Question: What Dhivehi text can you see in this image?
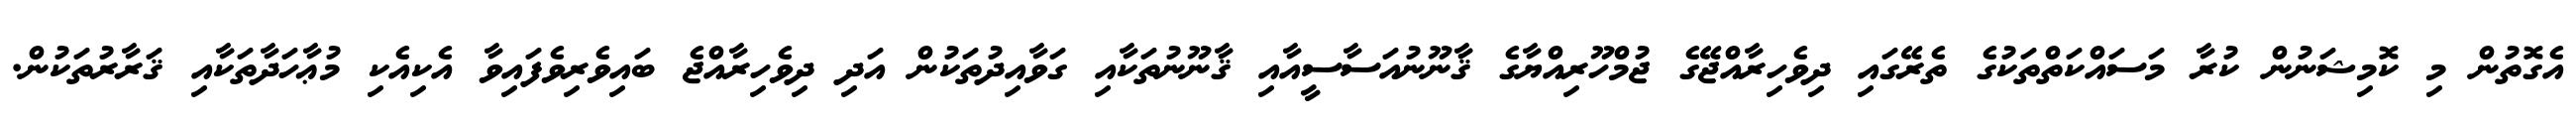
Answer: އެގޮތުން މި ކޮމިޝަނުން ކުރާ މަސައްކަތްތަކުގެ ތެރޭގައި ދިވެހިރާއްޖޭގެ ޖުމްހޫރިއްޔާގެ ޤާނޫނުއަސާސީއާއި ޤާނޫނުތަކާއި ގަވާއިދުތަކުން އަދި ދިވެހިރާއްޖެ ބައިވެރިވެފައިވާ އެކިއެކި މުޢާހަދާތަކާއި ޤަރާރުތަކުން.